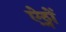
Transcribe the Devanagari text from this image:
ऐठ्नों